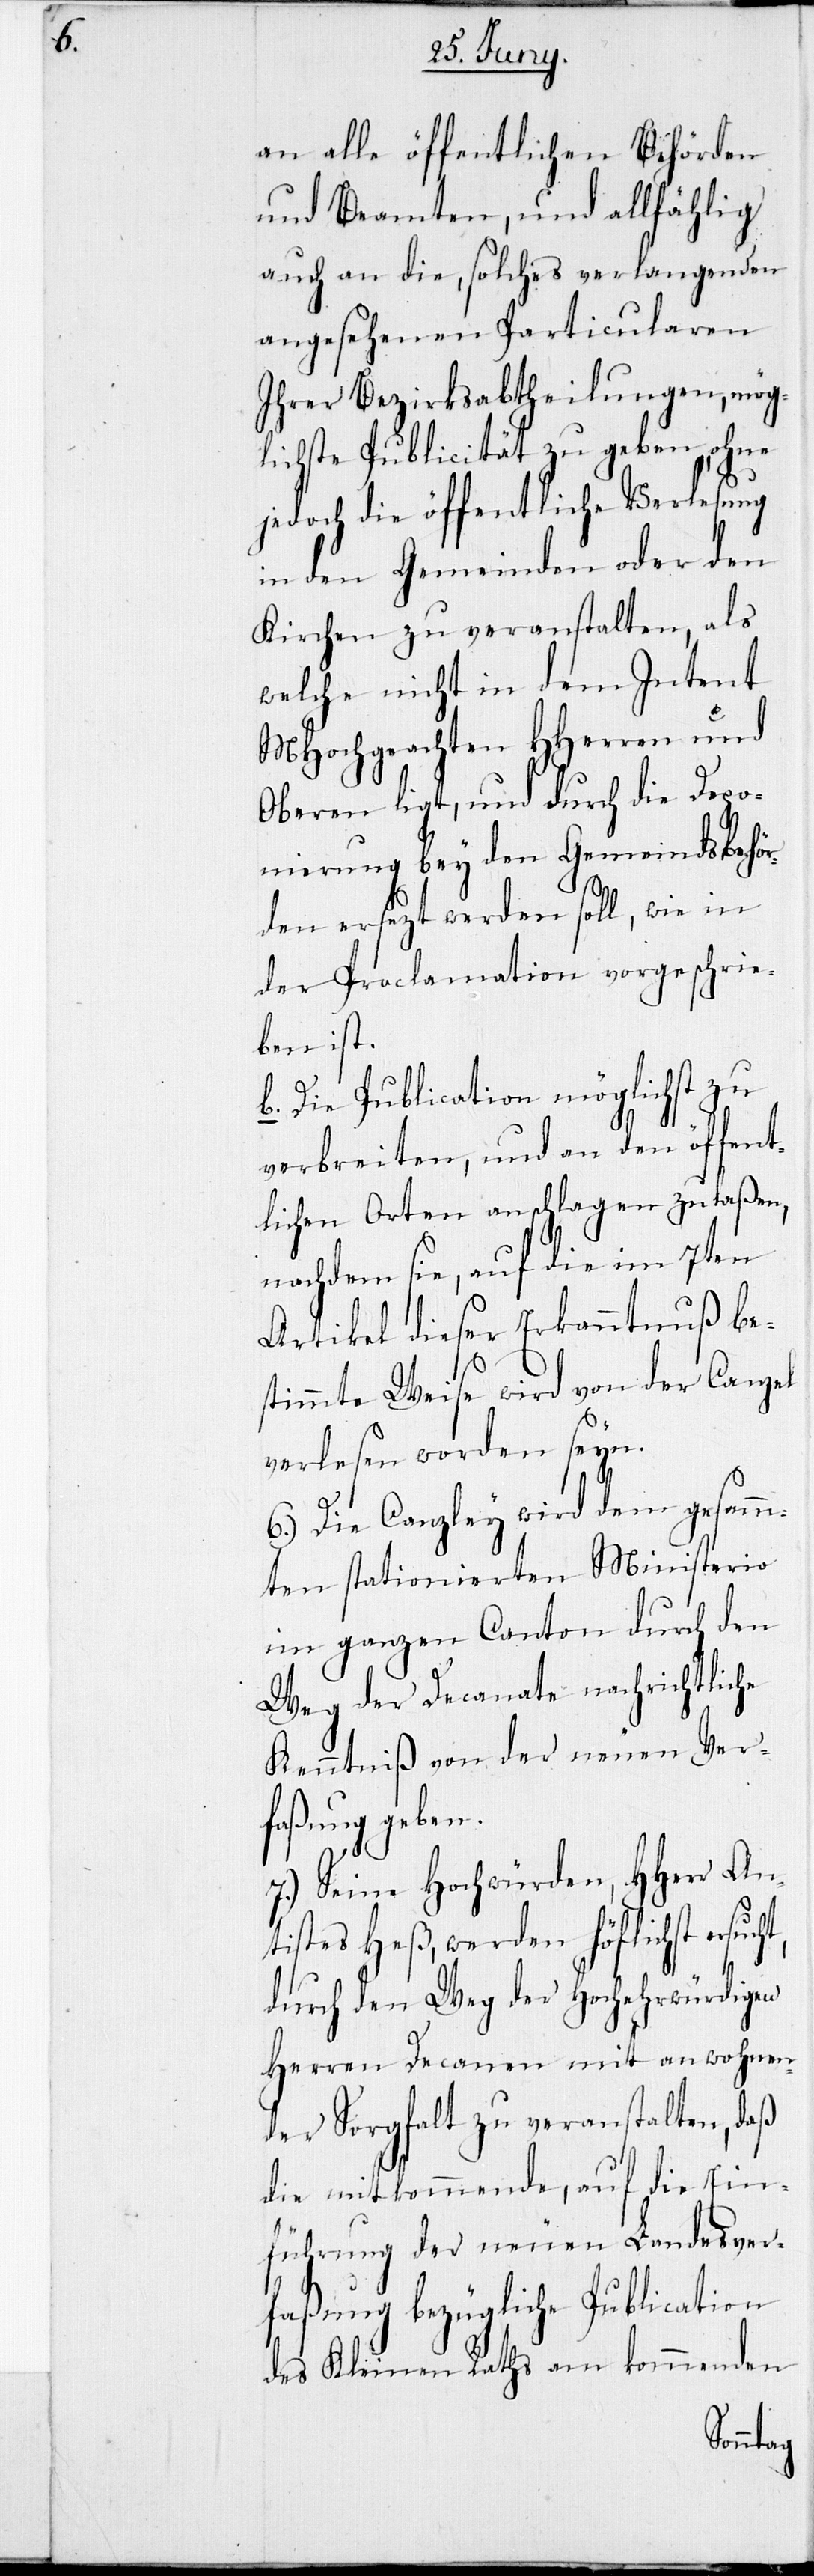
an alle öffentlichen Behörden
und Beamten, und allfählig
auch an die, solches verlangenden
angesehenen Particularen
ihrer Bezirksabtheilungen,
lichste Publicität zu geben, ohne
Verlesung
jedoch die öffentliche
in den Gemeinden oder
als
Kirchen zu verans¬
ht,
welche nicht in dem
MHochgeachten HHerren und
Oberen ligt, und durch die Depo¬
nierung bey den Gemeindsbehö¬
rden ersezt werden soll,
schrie¬
der Proclamation vorge¬
ben ist.
b. Die Publication möglichst zu
verbreiten, und an den öffent¬
lichen Orten anschlagen zu laßen,
nachdem sie, auf die im 7ten
Artikel dieser Erkanntnuß be¬
stimmte Weise wird von der Ca¬
verlesen worden seyn.
6.) Die Canzley wird dem gesam¬
mten stationierten Minister¬
im ganzen Canton durch den
Weg der Decanate nachrichtliche
Kenntniß von der neuen Ver¬
faßung geben.
7.) Seine Hochwürden, HHerr An¬
tistes Heß, werden höflichst ersuc¬
durch den Weg der Hochwürdigen
Herren Decanen mit anwohnen¬
der Sorgfalt zu veranstalten, daß
die mitkommende, auf die Ein¬
führung der neuen Landesver¬
faßung bezügliche Publication
des Kleinen Raths am kommenden
Inte¬